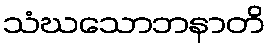
သံဃသောဘနာတိ